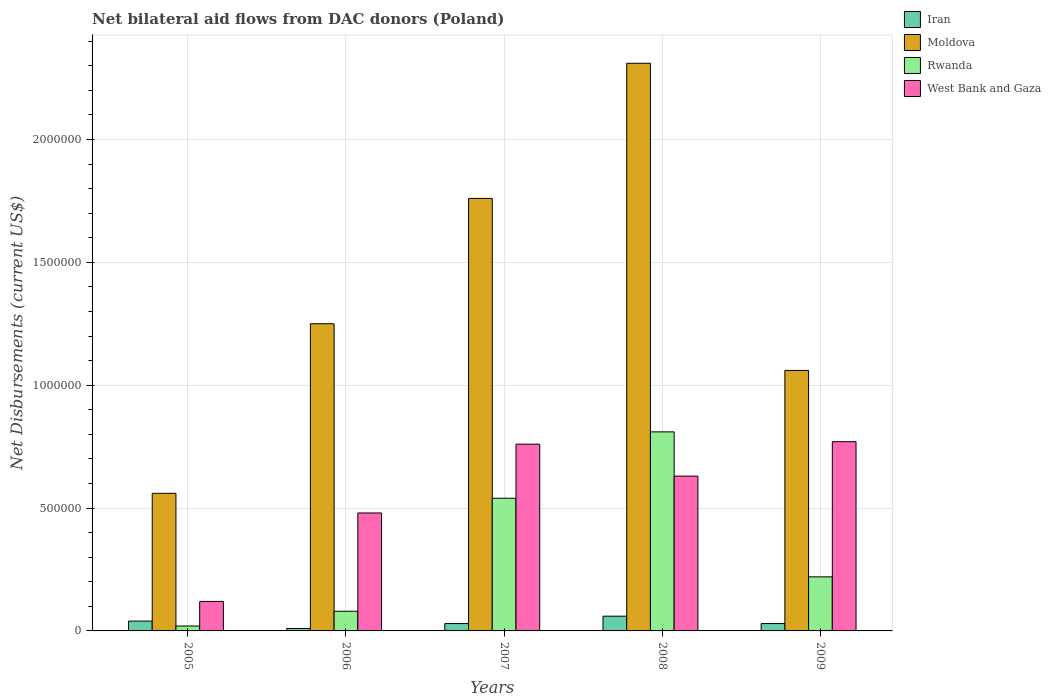
| Years | Iran | Moldova | Rwanda | West Bank and Gaza |
 | --- | --- | --- | --- | --- |
 | 2005 | 4e+04 | 5.6e+05 | 2e+04 | 1.2e+05 |
 | 2006 | 1e+04 | 1.25e+06 | 8e+04 | 4.8e+05 |
 | 2007 | 3e+04 | 1.76e+06 | 5.4e+05 | 7.6e+05 |
 | 2008 | 6e+04 | 2.31e+06 | 8.1e+05 | 6.3e+05 |
 | 2009 | 3e+04 | 1.06e+06 | 2.2e+05 | 7.7e+05 |